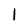
Character: 1